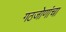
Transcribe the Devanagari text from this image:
गठजोणांचा